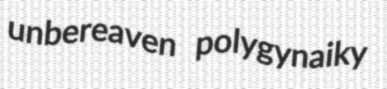
unbereaven polygynaiky